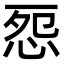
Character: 㤪